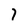
Character: 7